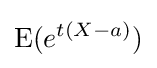
\operatorname {E} (e^{t(X-a)})